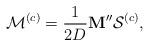
LaTeX: \begin{align*}\mathbf{\mathcal{M}}^{(c)}=\frac{1}{2D}\mathbf{M}''\mathcal{S}^{(c)},\end{align*}